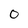
Character: O